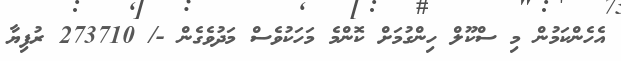
އެހެންކަމުން މި ސްކޫލް ހިންގުމަށް ކޮންމެ މަހަކުވެސް މަދުވެގެން -/ 273710 ރުފިޔާ